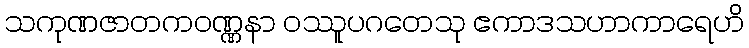
သကုဏဇာတကဝဏ္ဏနာ ဝဿူပဂတေသု ဧကာဒသဟာကာရေဟိ